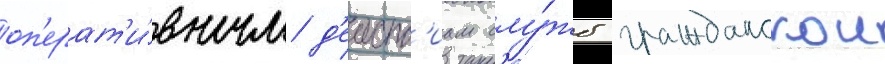
оп'ерат'и́вным д'еиств'иам слу́жб гражданскои